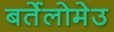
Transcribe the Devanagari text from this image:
बर्तेलोमेउ